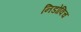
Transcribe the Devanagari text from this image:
निडोविच